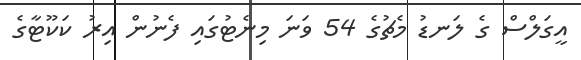
އީގަލްސް ގެ ލަނޑު މެޗުގެ 54 ވަނަ މިނެޓުގައި ފެނުން އިރު ކަކޫޓާގެ